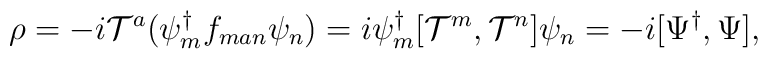
\rho=-i{\cal T}^a ({\psi}^{\dagger}_m f_{man}{\psi}_n)=i\psi^{\dagger}_m[{\cal T}^m ,{\cal T}^n]\psi_n=-i[\Psi^{\dagger} ,\Psi],